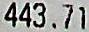
443.71